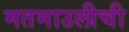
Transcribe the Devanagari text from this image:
मतमाउलीची